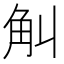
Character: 觓